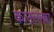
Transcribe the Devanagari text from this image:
कातलेल्या